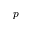
p